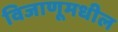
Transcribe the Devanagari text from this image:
विजाणूमधील